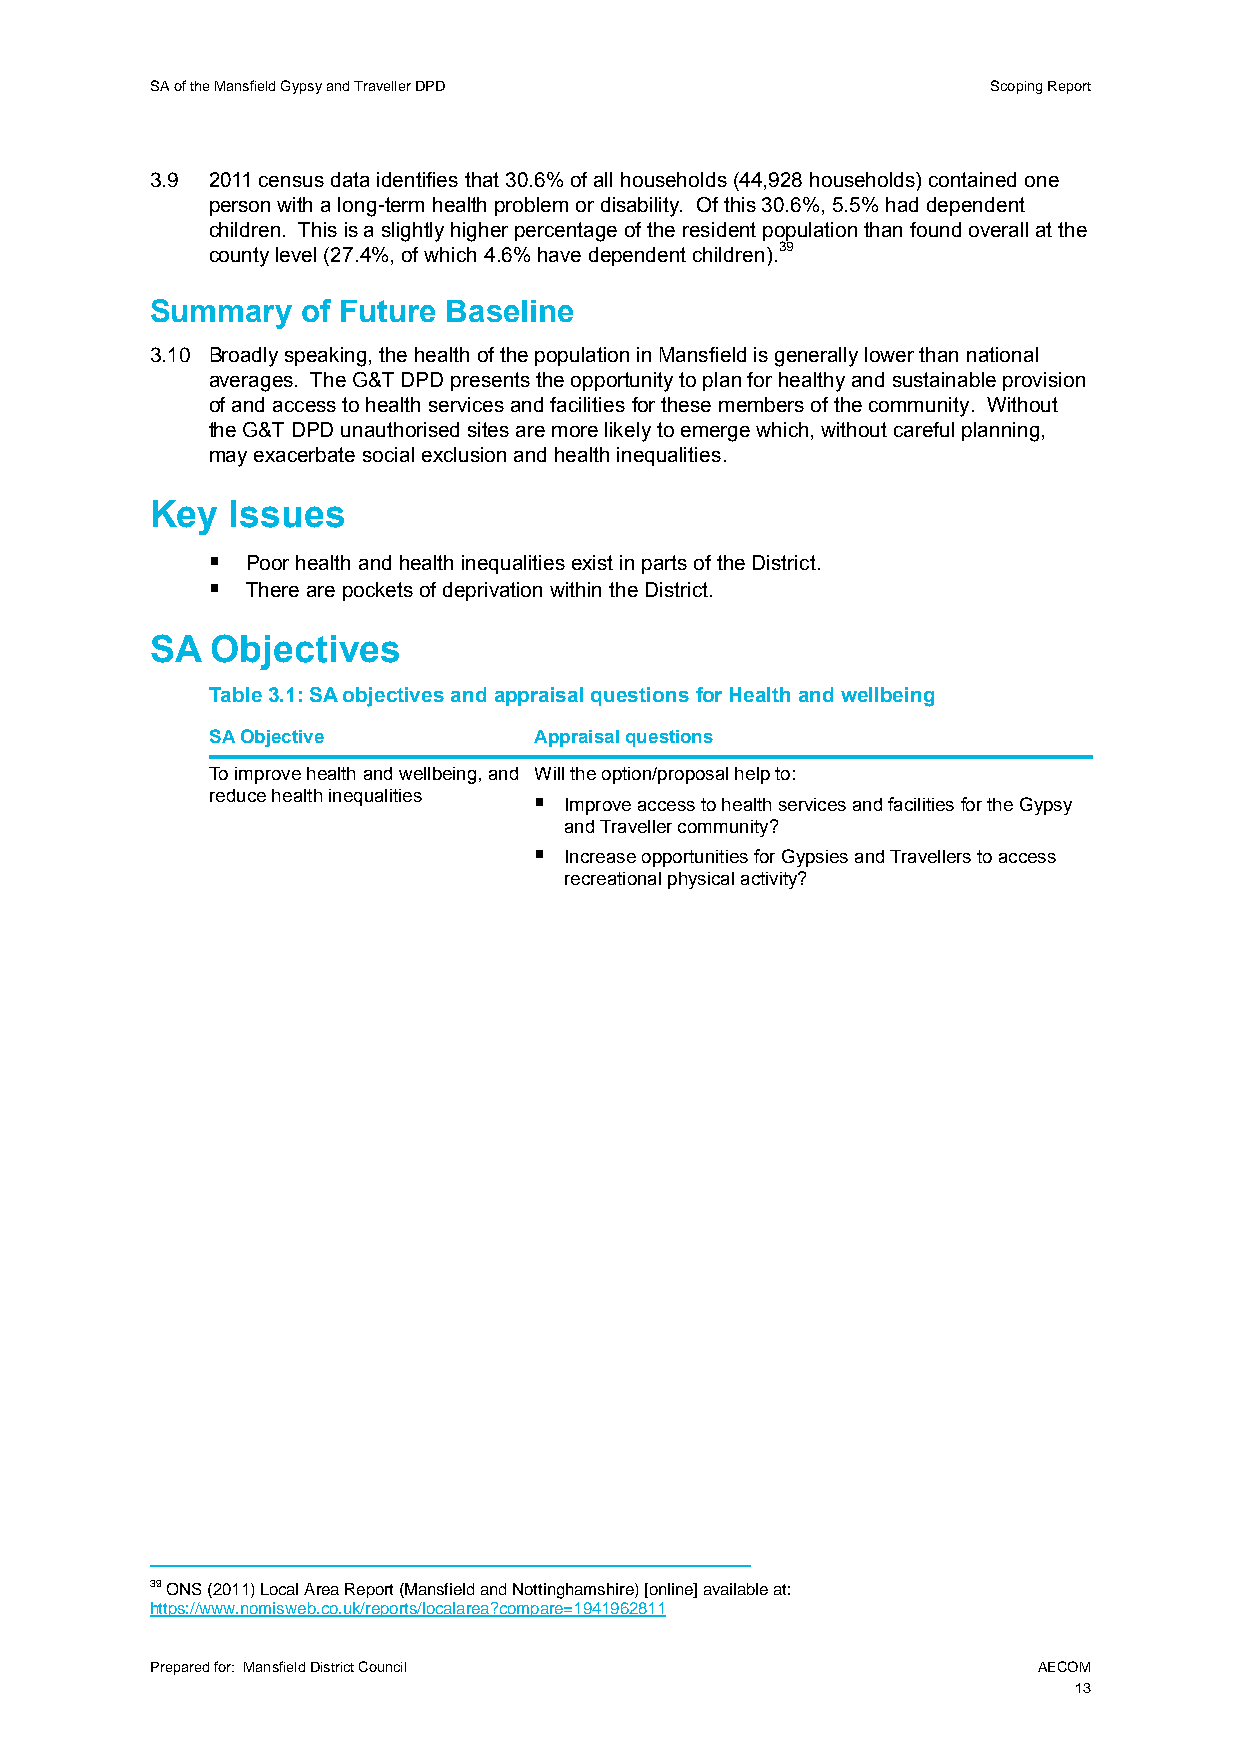
SA of the Mansfield Gypsy and Traveller DPD             Scoping Report
 3.9 2011 census data identifies that 30.6% of all households (44,928 households) contained one
 person with a long-term health problem or disability. Of this 30.6%, 5.5% had dependent
 children. This is a slightly higher percentage of the resident population than found overall at the
 county level (27.4%, of which 4.6% have dependent children).39
 Summary   of Future Baseline
 3.10 Broadly speaking, the health of the population in Mansfield is generally lower than national
 averages. The G&T DPD presents the opportunity to plan for healthy and sustainable provision
 of and access to health services and facilities for these members of the community. Without
 the G&T DPD unauthorised sites are more likely to emerge which, without careful planning,
 may exacerbate social exclusion and health inequalities.
 Key  Issues
  Poor health and health inequalities exist in parts of the District.
  There are pockets of deprivation within the District.
 SA  Objectives
 Table 3.1: SA objectives and appraisal questions for Health and wellbeing
 SA Objective         Appraisal questions
 To improve health and wellbeing, and Will the option/proposal help to:
 reduce health inequalities  Improve access to health services and facilities for the Gypsy
 and Traveller community?
  Increase opportunities for Gypsies and Travellers to access
 recreational physical activity?
 39 ONS (2011) Local Area Report (Mansfield and Nottinghamshire) [online] available at:
 https://www.nomisweb.co.uk/reports/localarea?compare=1941962811
 Prepared for: Mansfield District Council                   AECOM
 13